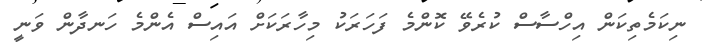
ނިކަމެތިކަން އިހްސާސް ކުރެވޭ ކޮންމެ ފަހަރަކު މިހާރަކަށް އައިސް އެންމެ ހަނދާން ވަނީ